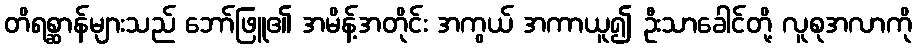
တိရစ္ဆာန်များသည် ဘော်ဖြူ၏ အမိန့်အတိုင်း အကွယ် အကာယူ၍ ဦးသာခေါင်တို့ လူစုအလာကို